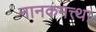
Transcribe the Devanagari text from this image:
नानकमत्त्था